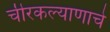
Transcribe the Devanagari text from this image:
चीरकल्याणाचे